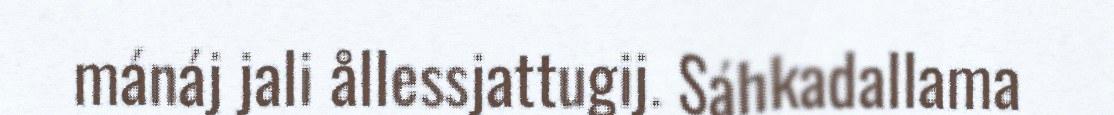
mánáj jali ållessjattugij. Sáhkadallama